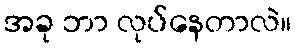
အခု ဘာ လုပ်နေတာလဲ။